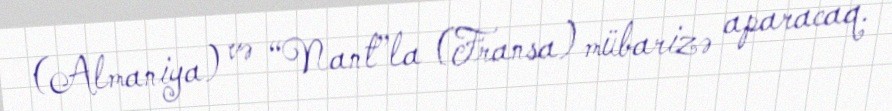
(Almaniya) və “Nant”la (Fransa) mübarizə aparacaq.